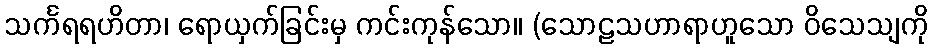
သင်္ကရရဟိတာ၊ ရောယှက်ခြင်းမှ ကင်းကုန်သော။ (သောဠသဟာရာဟူသော ဝိသေသျကို